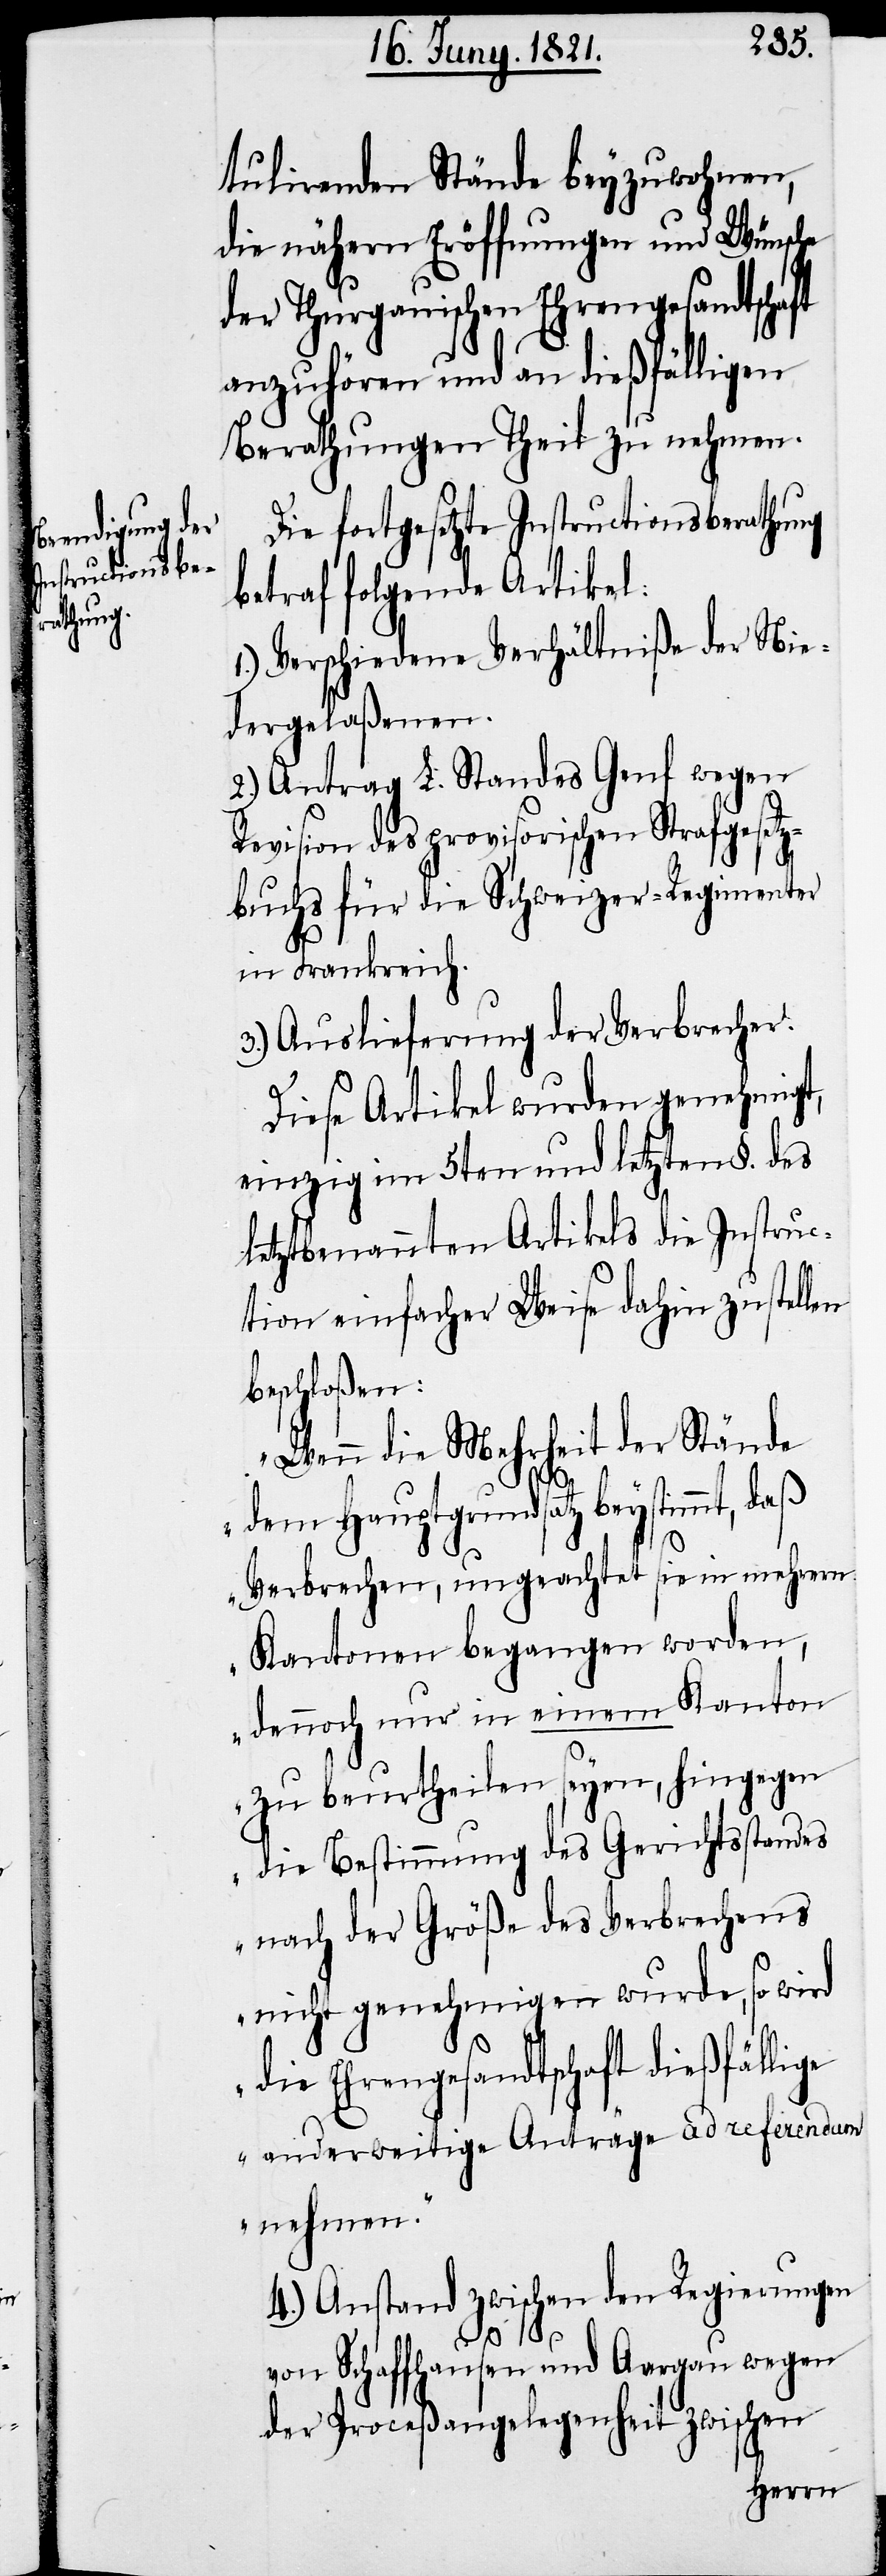
tulirenden Stände beyzuwohnen,
die nähern Eröffnungen und Wünsche
der Thurgauischen Ehrengesandtschaft
anzuhören und an dießfälligen
Berathungen Theil zu nehmen.
Die fortgesetzte Instructionsberathung
betraf folgende Artikel:
1.) Verschiedene Verhältniße der Nie¬
dergelaßenen.
2.) Antrag L. Standes Genf wegen
Revision des provisorischen Strafgesetz¬
buchs für die Schweizer-Regimenter
in Frankreich.
3.) Auslieferung der Verbrecher.
Diese Artikel wurden genehmigt,
einzig im 5ten und letzten §. des
letztbenannten Artikels die Instruc¬
tion einfacher Weise dahin zu stel¬
beschloßen:
„Wenn die Mehrheit der Stände
dem Hauptgrundsatz beystimmt, daß
Verbrechen, ungeachtet sie in mehrern
Kantonen begangen worden,
dennoch nur in einem Kanton
zu beurtheilen seyen, hingegen
die Bestimmung des Gerichtsstandes
nach der Größe des Verbrechens
nicht genehmigen wurde [sic!],
die Ehrengesandtschaft dießfällige
anderweitige Anträge ad referendum
nehmen.“
4.) Anstand zwischen den Regierungen
von Schaffhausen und Aargau wegen
der Proceßangelegenheit zwischen
len